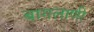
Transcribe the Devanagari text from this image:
बागलाणी